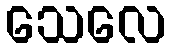
သေလေ